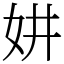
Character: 妌